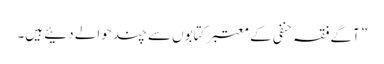
” آگے فقہ حنفی کے معتبر کتابوں سے چند حوالے دئیے ہیں۔